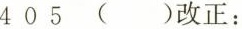
4 0 5 （）改正：